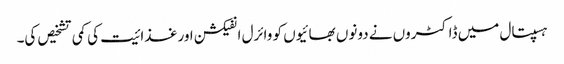
ہسپتال میں ڈاکٹروں نے دونوں بھائیوں کو وائرل انفیکشن اور غذا ئیت کی کمی تشخیص کی۔